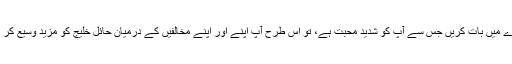
لیکن اگر آپ اپنی سوچ کو تنگ کر دیں اور صرف اپنے طریقے کے بارے میں بات کریں جس سے آپ کو شدید محبت ہے، تو اس طرح آپ اپنے اور اپنے مخالفیں کے درمیان حائل خلیج کو مزید وسیع کر دیں گے اور اپنے مسلک کے بارے میں منفی رد عمل کا سبب بنیں گے ۔